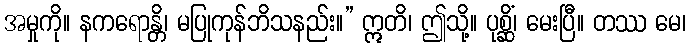
အမှုကို။ နကရောန္တိ၊ မပြုကုန်ဘိသနည်း။” ဣတိ၊ ဤသို့။ ပုစ္ဆိံ၊ မေးပြီ။ တဿ မေ၊